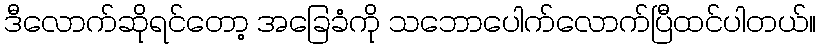
ဒီလောက်ဆိုရင်တော့ အခြေခံကို သဘောပေါက်လောက်ပြီထင်ပါတယ်။